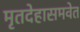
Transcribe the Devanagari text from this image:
मृतदेहासमवेत